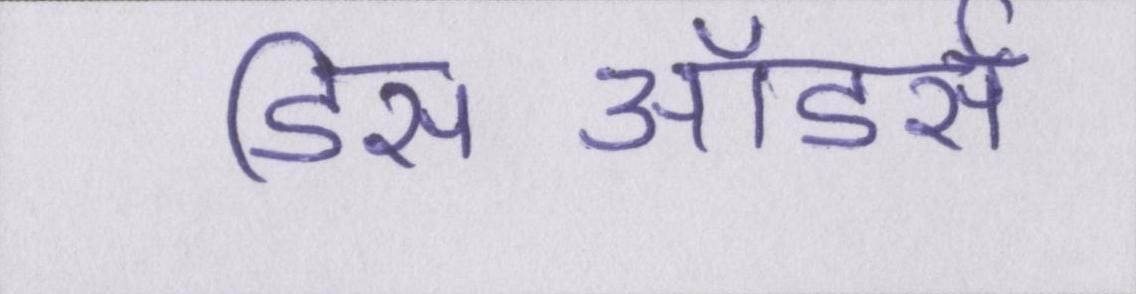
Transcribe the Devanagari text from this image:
डिसऑडर्स